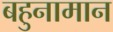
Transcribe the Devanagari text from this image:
बहुनामान